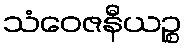
သံဝေဇနီယဉ္စ